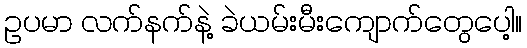
ဥပမာ လက်နက်နဲ့ ခဲယမ်းမီးကျောက်တွေပေါ့။